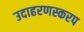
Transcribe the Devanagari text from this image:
उदाहरणस्करप